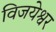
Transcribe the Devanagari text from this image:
विजयेश्वर